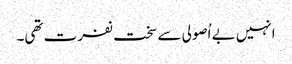
انہیں بے اُصولی سے سخت نفرت تھی۔